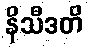
နိသီဒတိ